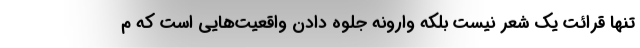
تنها قرائت یک شعر نیست بلکه وارونه جلوه دادن واقعیت­هایی است که م